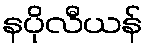
နပိုလီယန်